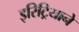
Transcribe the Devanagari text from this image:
इरिट्रियाने